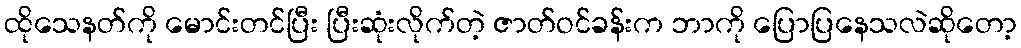
ထိုသေနတ်ကို မောင်းတင်ပြီး ပြီးဆုံးလိုက်တဲ့ ဇာတ်ဝင်ခန်းက ဘာကို ပြောပြနေသလဲဆိုတော့